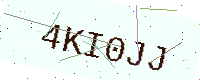
Text: 4KI0JJ